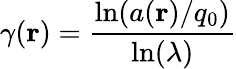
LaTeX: \gamma(\mathbf{r})=\frac{\ln(a(\mathbf{r})/q_{0})}{\ln(\lambda)}